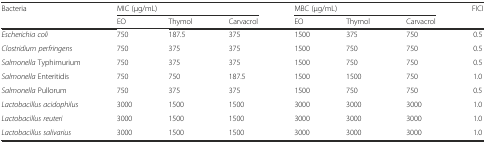
<table><thead><tr><td rowspan="2"><b>Bacteria</b></td><td colspan="3"><b>MIC (μg/mL)</b></td><td colspan="3"><b>MBC (μg/mL)</b></td><td rowspan="2"><b>FICI</b></td></tr><tr><td><b>EO</b></td><td><b>Thymol</b></td><td><b>Carvacrol</b></td><td><b>EO</b></td><td><b>Thymol</b></td><td><b>Carvacrol</b></td></tr></thead><tbody><tr><td><i>Escherichia coli</i></td><td>750</td><td>187.5</td><td>375</td><td>1500</td><td>375</td><td>750</td><td>0.5</td></tr><tr><td><i>Clostridium perfringens</i></td><td>750</td><td>375</td><td>375</td><td>1500</td><td>750</td><td>750</td><td>0.5</td></tr><tr><td><i>Salmonella</i> Typhimurium</td><td>750</td><td>375</td><td>375</td><td>1500</td><td>750</td><td>750</td><td>0.5</td></tr><tr><td><i>Salmonella</i> Enteritidis</td><td>750</td><td>750</td><td>187.5</td><td>1500</td><td>1500</td><td>750</td><td>1.0</td></tr><tr><td><i>Salmonella</i> Pullorum</td><td>750</td><td>375</td><td>375</td><td>1500</td><td>750</td><td>750</td><td>0.5</td></tr><tr><td><i>Lactobacillus acidophilus</i></td><td>3000</td><td>1500</td><td>1500</td><td>3000</td><td>3000</td><td>3000</td><td>1.0</td></tr><tr><td><i>Lactobacillus reuteri</i></td><td>3000</td><td>1500</td><td>1500</td><td>3000</td><td>3000</td><td>3000</td><td>1.0</td></tr><tr><td><i>Lactobacillus salivarius</i></td><td>3000</td><td>1500</td><td>1500</td><td>3000</td><td>3000</td><td>3000</td><td>1.0</td></tr></tbody></table>